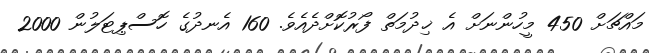
މައްޗަށް 450 މީހުންނަށް އެ ޚިދުމަތް ފޯރުކޮށްދެއެވެ. 160 އެނދުގެ ހޮސްޕިޓަލުން 2000